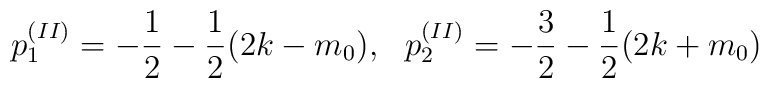
p^{(II)}_1=-\frac{1}{2}-\frac{1}{2}(2k-m_0),~~p^{(II)}_2=-\frac{3}{2}-\frac{1}{2}(2k+m_0)